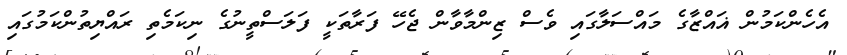
އެހެންކަމުން ޣައްޒާގެ މައްސަލާގައި ވެސް ޒިންމާވާން ޖެހޭ ފަރާތަކީ ފަލަސްތީނުގެ ނިކަމެތި ރައްޔިތުންކަމުގައި